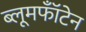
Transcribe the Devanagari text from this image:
ब्लूमफॉँटेन